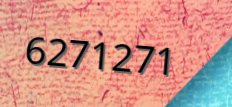
6271271